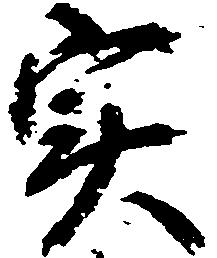
実